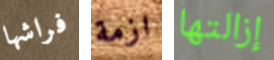
فراشها ازمة إزالتها